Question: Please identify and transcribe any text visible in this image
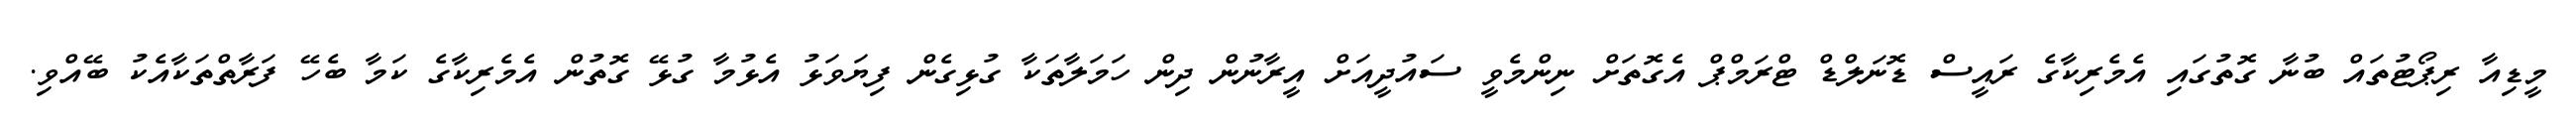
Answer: މީޑިއާ ރިޕޯޓުތައް ބުނާ ގޮތުގައި އެމެރިކާގެ ރައީސް ޑޮނަލްޑް ޓްރަމްޕް އެގޮތަށް ނިންމެވީ ސައުދީއަށް އީރާނުން ދިން ހަމަލާތަކާ ގުޅިގެން ފިޔަވަޅު އެޅުމާ ގުޅޭ ގޮތުން އެމެރިކާގެ ކަމާ ބެހޭ ފަރާތްތަކާއެކު ބޭއްވި.